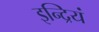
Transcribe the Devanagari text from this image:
इन्द्रियं